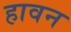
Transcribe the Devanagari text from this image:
हावन